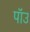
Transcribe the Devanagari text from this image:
पॉउ